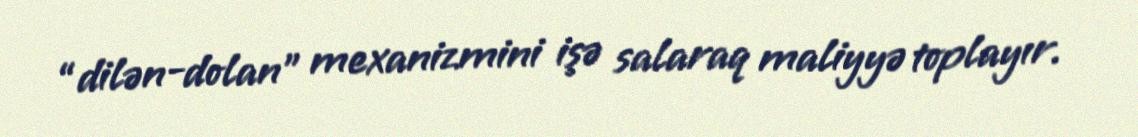
“dilən-dolan” mexanizmini işə salaraq maliyyə toplayır.